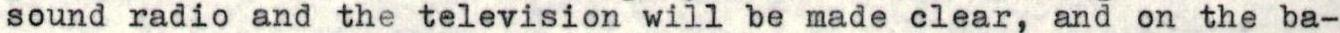
sound radio and the television will be made clear, and on the ba-